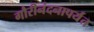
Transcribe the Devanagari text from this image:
गौरीनंदनापर्यंत